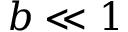
b \ll 1